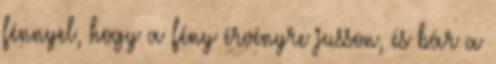
fénnyel, hogy a fény érvényre jusson, és bár a